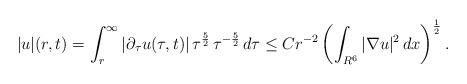
LaTeX: \begin{align*}|u|(r,t)=\int_r^{\infty}|\partial_{\tau}u(\tau,t)|\,\tau^{\frac{5}{2}}\,\tau^{-\frac{5}{2}}\,d\tau\leq Cr^{-2}\left(\int_{R^6}|\nabla u|^2\,dx\right)^{\frac{1}{2}}.\end{align*}